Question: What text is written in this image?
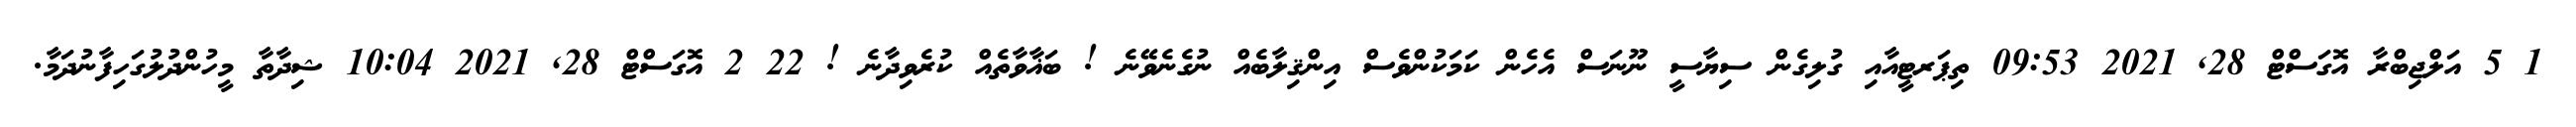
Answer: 1 5 އަލްޖިބްރާ އޮގަސްޓް 28, 2021 09:53 ތިޕަރޓީއާއި ގުލިގެން ސިޔާސީ ނޫނަސް އެހެން ކަމަކުންވެސް އިންޤިލާބެއް ނުގެނެވޭނެ ! ބަޣާވާތެއް ކުރެވިދާނެ ! 22 2 އޮގަސްޓް 28, 2021 10:04 ޝިދާތާ މީހުންދުލުގަހިފާނުދަމާ.